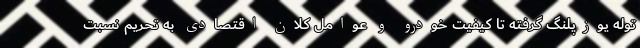
توله یوزپلنگ گرفته تا کیفیت خودرو و عوامل کلان اقتصادی به تحریم نسبت